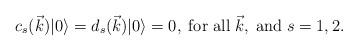
LaTeX: \begin{align*}c_s (\vec{k}) |0 \rangle = d_{s}(\vec{k}) |0 \rangle =0,\;\mbox{for all} \;\vec k, \;\mbox{and} \; s=1,2.\end{align*}